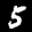
Label: 5